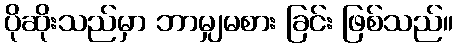
ပိုဆိုးသည်မှာ ဘာမျှမစား ခြင်း ဖြစ်သည်။